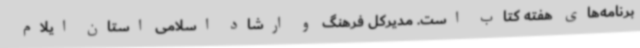
برنامه‌های هفته کتاب است. مدیرکل فرهنگ و ارشاد اسلامی استان ایلام